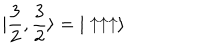
| \frac { 3 } { 2 } , \frac { 3 } { 2 } \rangle = | \uparrow \uparrow \uparrow \rangle